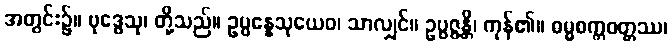
အတွင်း၌။ ဗုဒ္ဓေသု၊ တို့သည်။ ဥပ္ပန္နေသုယေဝ၊ သာလျှင်။ ဥပ္ပဇ္ဇန္တိ၊ ကုန်၏။ ဓမ္မစက္ကဝတ္တဿ၊